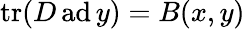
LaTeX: \operatorname{tr}(D\operatorname{ad}y)=B(x,y)